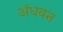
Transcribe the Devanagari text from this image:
अंधवन